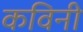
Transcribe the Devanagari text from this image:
कविनी